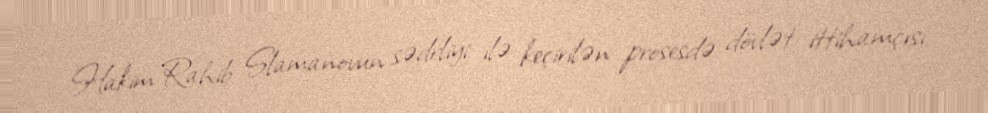
Hakim Rahib Slamanovun sədrliyi ilə keçirilən prosesdə dövlət ittihamçısı